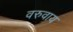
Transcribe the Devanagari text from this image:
वरुवाय